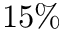
1 5 \%